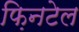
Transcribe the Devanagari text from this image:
फ़िनटेल